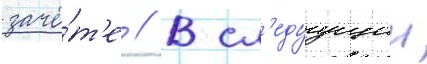
зачё́т'е // В сл'едуущии